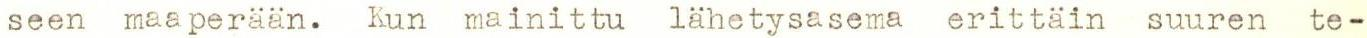
seen maaperään. Kun mainittu lähetysasema erittäin suuren te-